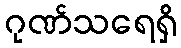
ဂုဏ်သရေရှိ